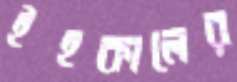
ইহকালের